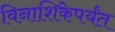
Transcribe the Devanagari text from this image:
विनाशिकेपर्यंत